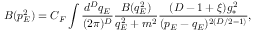
B ( p _ { E } ^ { 2 } ) = C _ { F } \int \frac { d ^ { D } q _ { E } } { ( 2 \pi ) ^ { D } } \frac { B ( q _ { E } ^ { 2 } ) } { q _ { E } ^ { 2 } + m ^ { 2 } } \frac { ( D - 1 + \xi ) g _ { * } ^ { 2 } } { ( p _ { E } - q _ { E } ) ^ { 2 ( D / 2 - 1 ) } } ,